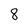
Character: 8